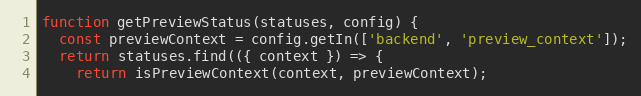
Language: JavaScript
function getPreviewStatus(statuses, config) {
  const previewContext = config.getIn(['backend', 'preview_context']);
  return statuses.find(({ context }) => {
    return isPreviewContext(context, previewContext);